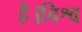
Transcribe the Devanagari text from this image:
है।विश्व